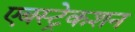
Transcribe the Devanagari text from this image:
एबस्ट्रेकशन